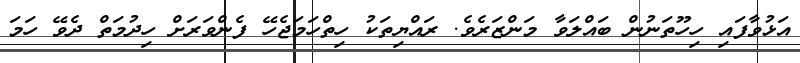
އަޅުވާފައި ހިހޫތަނުން ބައްލަވާ މަންޒަރެވެ. ރައްޔިތަކު ހިތްހަމަޖެހޭ ފެންވަރަށް ހިދުމަތް ދެވޭ ހަމަ